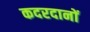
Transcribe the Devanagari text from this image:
कदरदानों